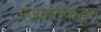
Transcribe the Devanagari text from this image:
रंजकतेकडून